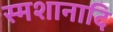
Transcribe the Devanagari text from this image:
स्मशानादि